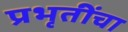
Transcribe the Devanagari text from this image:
प्रभृतींचा